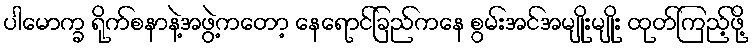
ပါမောက္ခ ရိုက်စနာနဲ့အဖွဲ့ကတော့ နေရောင်ခြည်ကနေ စွမ်းအင်အမျိုးမျိုး ထုတ်ကြည့်ဖို့